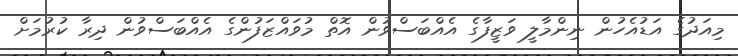
މިއަދުގެ އަޑުއެހުން ނިންމާލީ ވަޒީފާގެ އެއްބަސްވުން އޮތް މުވައްޒަފުންގެ އެއްބަސްވުން ދިރާާ ކުރުމަށް